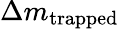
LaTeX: \Delta m_{\mathrm{trapped}}